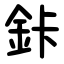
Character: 鉲